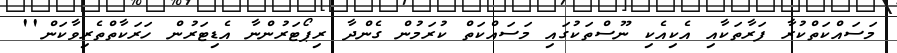
މަސައްކަތްކުރާ ފަރާތަކާއި އެކިއެކި ނޫސްތަކުގައި މަސައްކަތް ކުރަމުން ގެންދާ ރިޕޯޓަރުންނާ އެޑިޓަރުން ހަރަކާތްތެރިވާކަން''